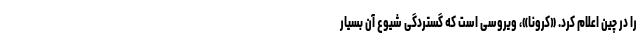
را در چین اعلام کرد. «کرونا»، ویروسی است که گستردگی شیوع آن بسیار